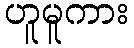
ဟူမူကား